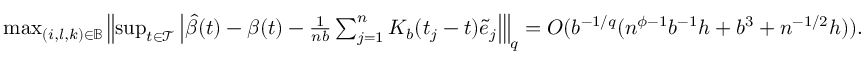
\begin{array} { r } { \operatorname* { m a x } _ { ( i , l , k ) \in \mathbb { B } } \left\| \operatorname* { s u p } _ { t \in \mathcal { T } } \left| \hat { \beta } ( t ) - \beta ( t ) - \frac { 1 } { n b } \sum _ { j = 1 } ^ { n } K _ { b } ( t _ { j } - t ) \tilde { e } _ { j } \right| \right\| _ { q } = O ( b ^ { - 1 / q } ( n ^ { \phi - 1 } b ^ { - 1 } h + b ^ { 3 } + n ^ { - 1 / 2 } h ) ) . } \end{array}